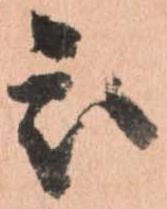
被